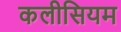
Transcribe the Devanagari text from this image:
कलीसियम